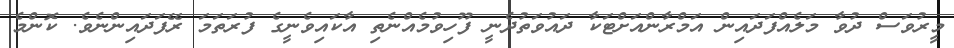
މީރުވަސް ދުވާ މަލެއްފަދައިން އަމްރާންއަށްޓަކާ ދައުވަތުދެނީ ފޫހިވުމެއްނެތި އާކައިވެނީގެ ފުރަތަމަ ރޭފަދައިންނެވެ. ކޮންމެ